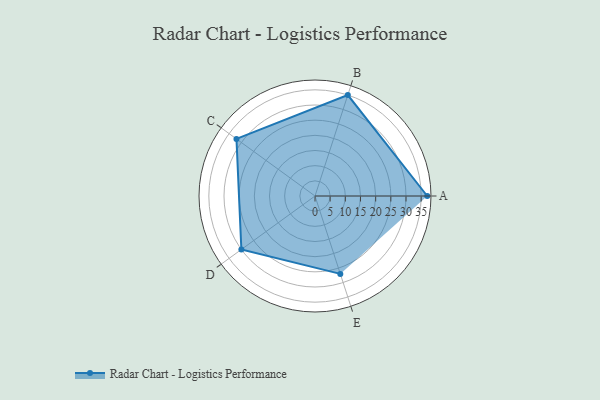
{"axis": {"x": "Skill", "y": "Score"}, "legend": ["Profile"], "data": [{"x": "A", "y": 37.0, "type": "Profile"}, {"x": "B", "y": 35.0, "type": "Profile"}, {"x": "C", "y": 32.0, "type": "Profile"}, {"x": "D", "y": 30.0, "type": "Profile"}, {"x": "E", "y": 27.0, "type": "Profile"}]}